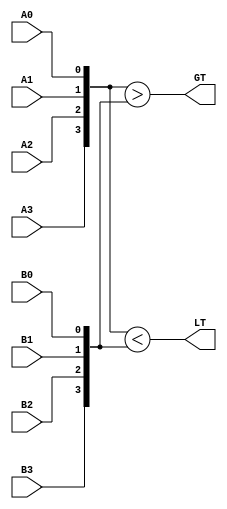
module compm4(
	 input	A0,
	 input	A1,
	 input	A2,
	 input	A3,
	 input	B0,
	 input	B1,
	 input	B2,
	 input	B3,
	 output	GT,
	 output	LT
    );

	 assign GT = {A3,A2,A1,A0} > {B3,B2,B1,B0};
	 assign LT = {A3,A2,A1,A0} < {B3,B2,B1,B0};
	 //assign GT = (A3&(~B3)) | ((~(A3^B3))&A2&(~B2)) | ((~(A3^B3))&(~(A2^B2))&A1&(~B1)) | ((~(A3^B3))&(~(A2^B2))&(~(A1^B1))&A0&(~B0));
	 //assign LT = ((~A3)&B3) | ((~(A3^B3))&(~A2)&B2) | ((~(A3^B3))&(~(A2^B2))&(~A1)&B1) | ((~(A3^B3))&(~(A2^B2))&(~(A1^B1))&(~A0)&B0);

endmodule